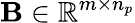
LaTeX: \mathbf{B}\in\mathbb{R}^{m\times n_{p}}